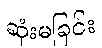
ဆုံးမခြင်း